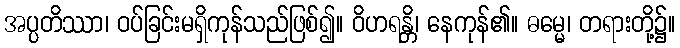
အပ္ပတိဿာ၊ ဝပ်ခြင်းမရှိကုန်သည်ဖြစ်၍။ ဝိဟရန္တိ၊ နေကုန်၏။ ဓမ္မေ၊ တရားတို့၌။